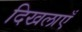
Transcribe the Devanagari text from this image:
दिखलाएँ